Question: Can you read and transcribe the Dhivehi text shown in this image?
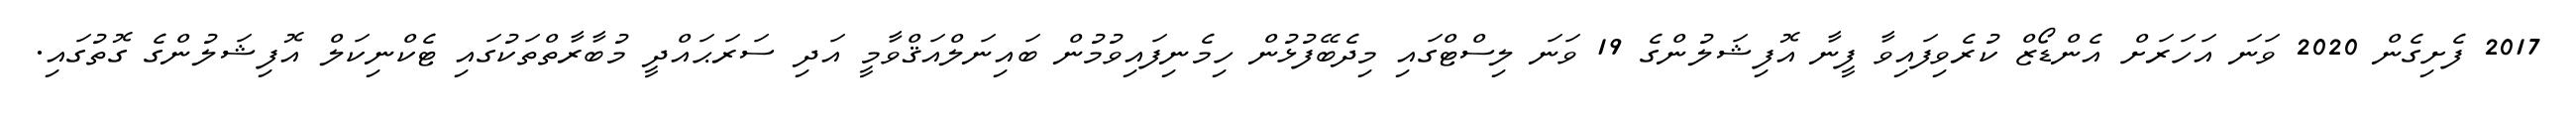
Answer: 2017 ފެށިގެން 2020 ވަނަ އަހަރަށް އެންޑޯޒް ކުރެވިފައިވާ ފީނާ އޮފިޝަލުންގެ 19 ވަނަ ލިސްޓްގައި މިދެބޭފުޅުން ހިމެނިފައިވުމުން ބައިނަލްއަޤްވާމީ އަދި ސަރަޙައްދީ މުބާރާތްތަކުގައި ޓެކްނިކަލް އޮފިޝަލުންގެ ގޮތުގައި.